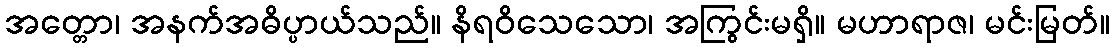
အတ္တော၊ အနက်အဓိပ္ပာယ်သည်။ နိရဝိသေသော၊ အကြွင်းမရှိ။ မဟာရာဇ၊ မင်းမြတ်။